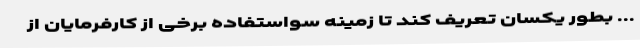
... بطور یکسان تعریف کند تا زمینه سواستفاده برخی از کارفرمایان از